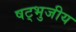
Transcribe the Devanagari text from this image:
षट्भुजीय